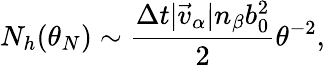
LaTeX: N_{h}(\theta_{N})\sim\frac{\Delta t|\vec{v}_{\alpha}|n_{\beta}b_{0}^{2}}{2}\theta^{-2},